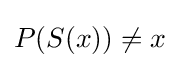
P(S(x))\neq x